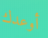
أوعدك